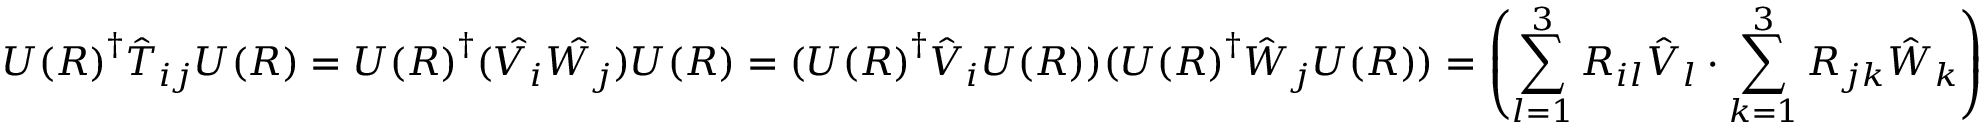
{ U ( R ) } ^ { \dagger } { \hat { T } } _ { i j } U ( R ) = { U ( R ) } ^ { \dagger } ( { \hat { V _ { i } } } { \hat { W _ { j } } } ) U ( R ) = ( { U ( R ) } ^ { \dagger } { \hat { V } } _ { i } U ( R ) ) ( { U ( R ) } ^ { \dagger } { \hat { W } } _ { j } U ( R ) ) = \left( \sum _ { l = 1 } ^ { 3 } R _ { i l } { \hat { V } } _ { l } \cdot \sum _ { k = 1 } ^ { 3 } R _ { j k } { \hat { W } } _ { k } \right)